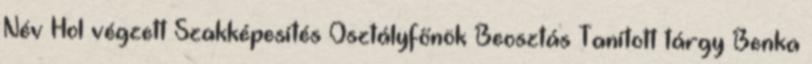
Név Hol végzett Szakképesítés Osztályfőnök Beosztás Tanított tárgy Benka